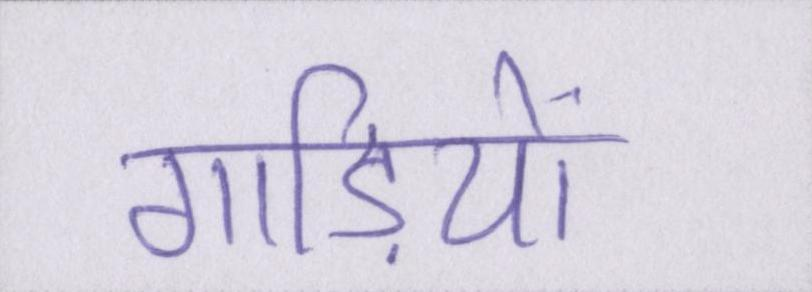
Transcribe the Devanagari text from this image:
गाड़ियों